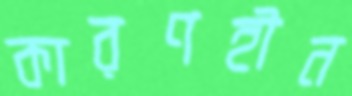
কারণহীন